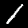
Digit: 1